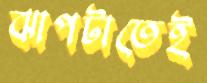
ঝাপটাতেই